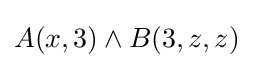
A(x,3)\land B(3,z,z)